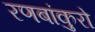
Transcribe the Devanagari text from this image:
रणबांकुरो